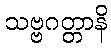
သဗ္ဗဂတ္တာနိ